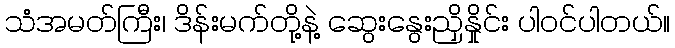
သံအမတ်ကြီး၊ ဒိန်းမက်တို့နဲ့ ဆွေးနွေးညှိနှိုင်း ပါဝင်ပါတယ်။